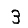
Digit: 3